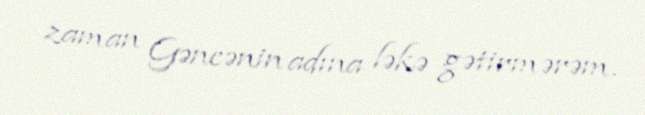
zaman Gəncənin adına ləkə gətirmərəm.